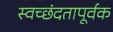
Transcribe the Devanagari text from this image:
स्वच्छंदतापूर्वक